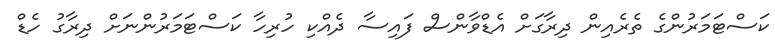
ކަސްޓަމަރުންގެ ތެރެއިން ދިރާގަށް އެޑްވާންސް ފައިސާ ދެއްކި ހުރިހާ ކަސްޓަމަރުންނަށް ދިރާގު ހެޑް